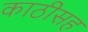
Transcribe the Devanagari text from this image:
काठीसह